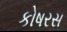
કોષરસ